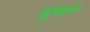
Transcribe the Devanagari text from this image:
दुखरे